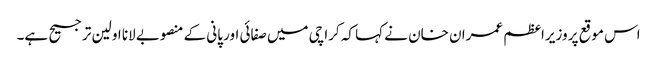
اس موقع پر وزیراعظم عمران خان نے کہا کہ کراچی میں صفائی اور پانی کے منصوبے لانا اولین ترجیح ہے۔